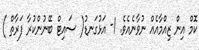
ކޮމް އިން ޒިއްމާއެއް ނުވާނެއެވެ. 1- އަޅުގަނޑު( ސައިޓް ބޭނުންކުރާ ފަރާތް )